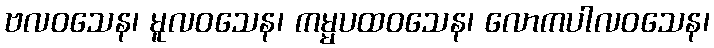
ဗလဝသေန၊ မူလဝသေန၊ ကမ္မပထဝသေန၊ လောကပါလဝသေန၊